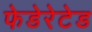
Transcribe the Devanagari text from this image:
फेडेरेटेड